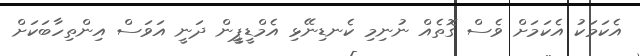
އެކަމަކު އެކަމަށް ވެސް ގޮތެއް ނުނިމި ކެނޑިނޭޅި އެމްޑީޕީީން ދަނީ އަވަސް އިންތިހާބަކަށް